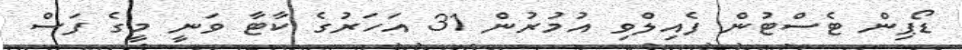
ޑޯޕިން ޓެސްޓުން ފެއިލްވި އުމުރުން 31 އަހަރުގެ ކާޓާ ވަނީ މީގެ ފަސް